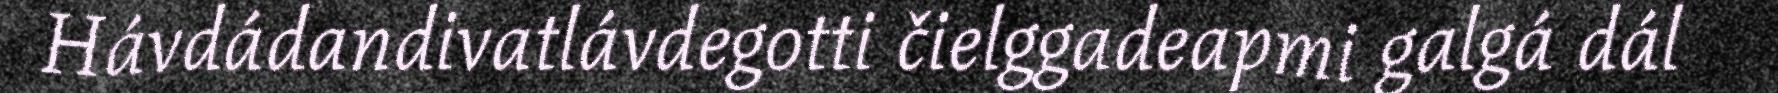
Hávdádandivatlávdegotti čielggadeapmi galgá dál